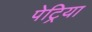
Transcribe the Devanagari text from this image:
पेट्रिया